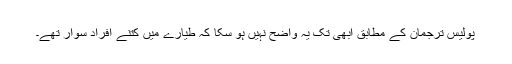
پولیس ترجمان کے مطابق ابھی تک یہ واضح نہیں ہو سکا کہ طیارے میں کتنے افراد سوار تھے۔